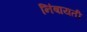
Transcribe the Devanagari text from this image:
निंबायती